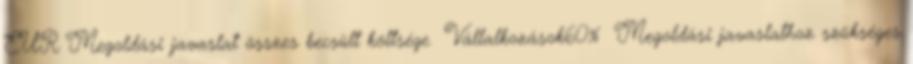
EUR▪Megoldási javaslat összes becsült költsége ▪Vállalkozások60% ▪Megoldási javaslathoz szükséges